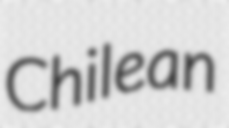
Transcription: Chilean